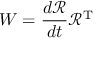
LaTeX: W = { \frac { d { \mathcal { R } } } { d t } } { \mathcal { R } } ^ { \mathrm { T } }